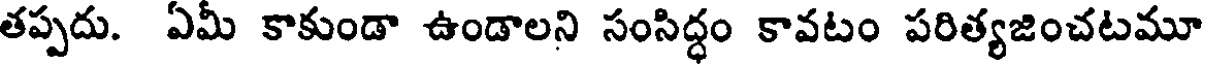
తప్పదు. ఏమీ కాకుండా ఉండాలని సంసిద్ధం కావటం పరిత్యజించటమూ